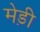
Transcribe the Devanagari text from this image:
मेड़ी